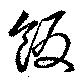
飯